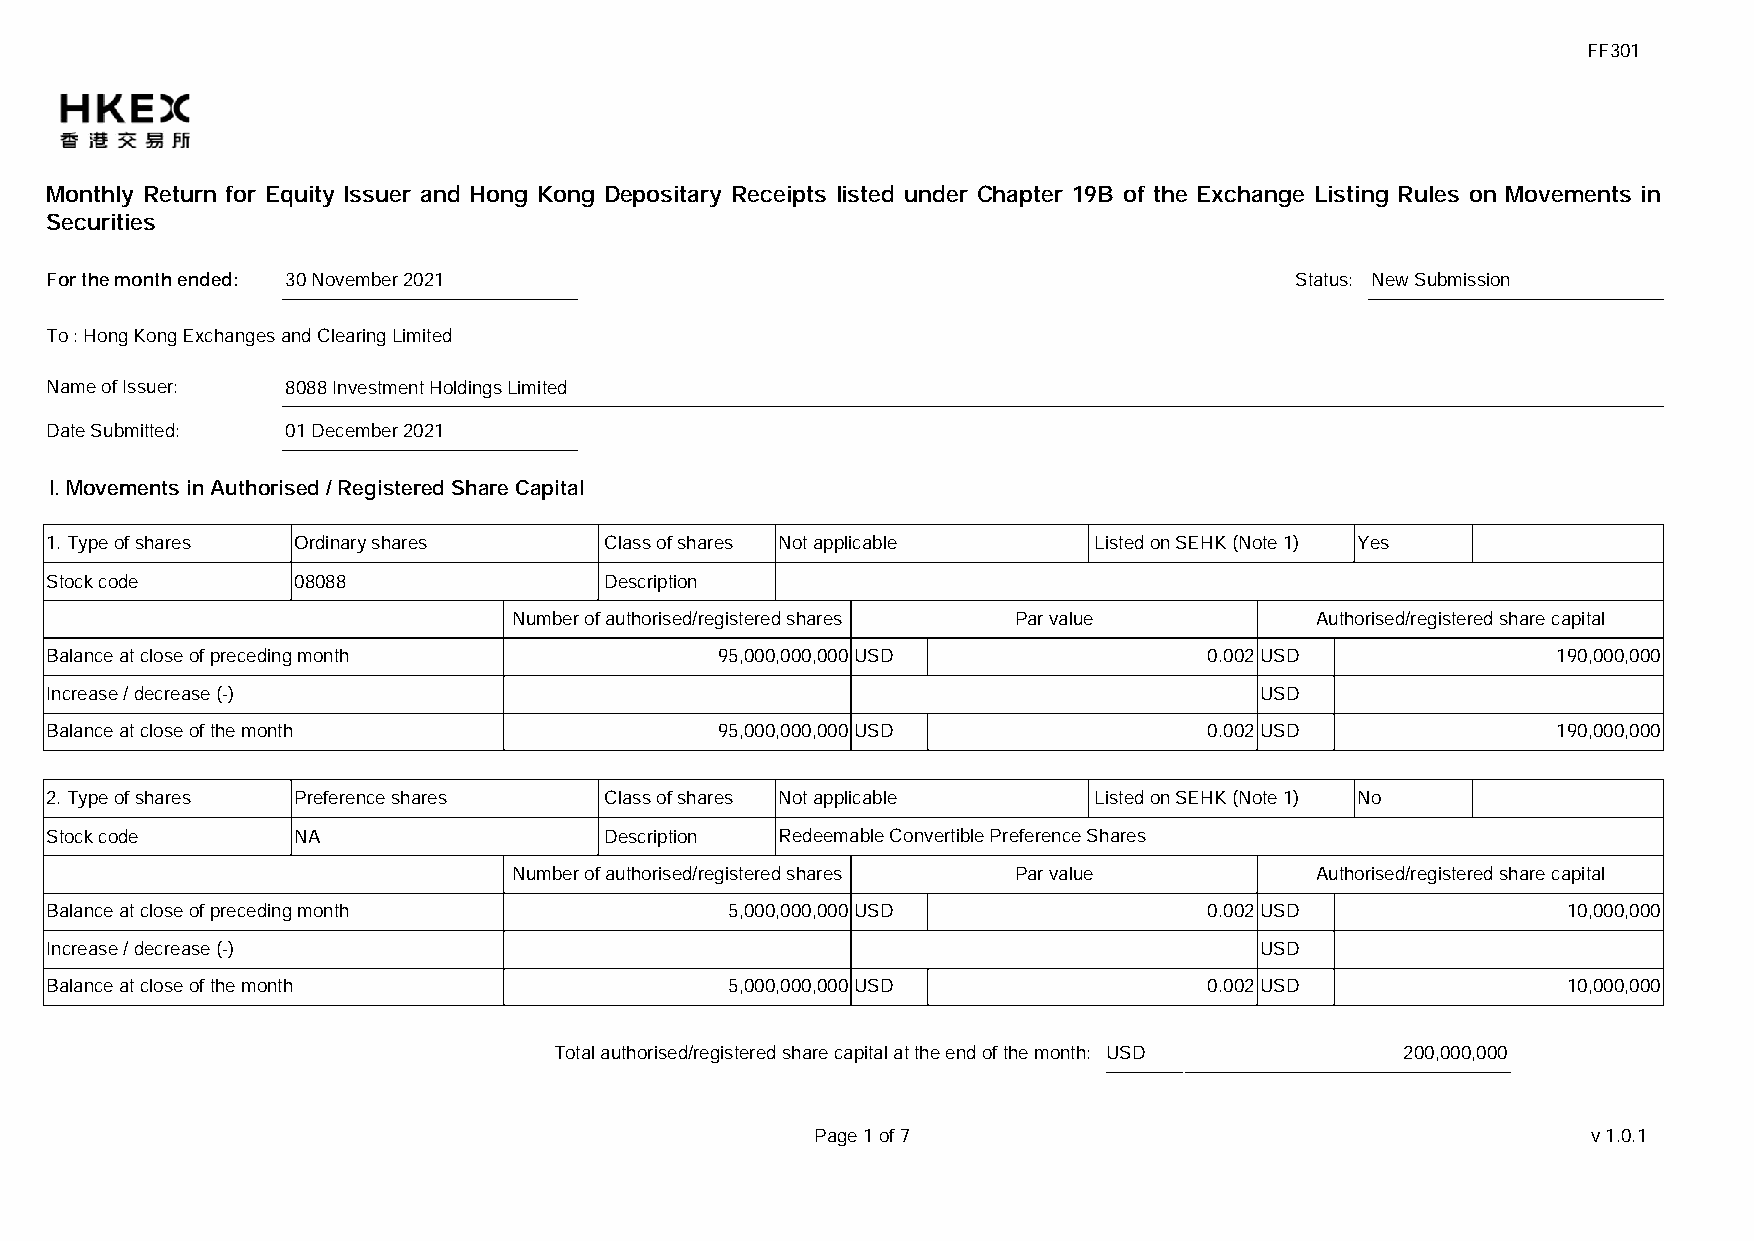
FF301
 Monthly Return for Equity Issuer and Hong Kong Depositary Receipts listed under Chapter 19B of the Exchange Listing Rules on Movements in
 Securities
 For the month ended: 30 November 2021                                              Status: New Submission
 To : Hong Kong Exchanges and Clearing Limited
 Name of Issuer: 8088 Investment Holdings Limited
 Date Submitted: 01 December 2021
 I. Movements in Authorised / Registered Share Capital
 1. Type of shares Ordinary shares    Class of shares Not applicable  Listed on SEHK (Note 1) Yes
 Stock code      08088                Description
 Number of authorised/registered shares Par value     Authorised/registered share capital
 Balance at close of preceding month          95,000,000,000USD               0.002USD               190,000,000
 Increase / decrease (-)                                                         USD
 Balance at close of the month                95,000,000,000USD               0.002USD               190,000,000
 2. Type of shares Preference shares  Class of shares Not applicable  Listed on SEHK (Note 1) No
 Stock code      NA                   Description Redeemable Convertible Preference Shares
 Number of authorised/registered shares Par value     Authorised/registered share capital
 Balance at close of preceding month          5,000,000,000USD                0.002USD                10,000,000
 Increase / decrease (-)                                                         USD
 Balance at close of the month                5,000,000,000USD                0.002USD                10,000,000
 Total authorised/registered share capital at the end of the month: USD 200,000,000
 Page 1 of 7                                        v1.0.1